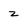
Character: z